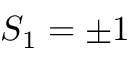
S _ { 1 } = \pm 1